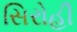
સિરોહી